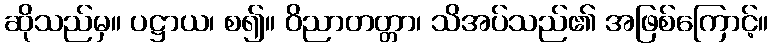
ဆိုသည်မှ။ ပဋ္ဌာယ၊ စ၍။ ဝိညာတတ္တာ၊ သိအပ်သည်၏ အဖြစ်ကြောင့်။